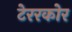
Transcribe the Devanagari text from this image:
टेररकोर